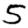
Digit: 5